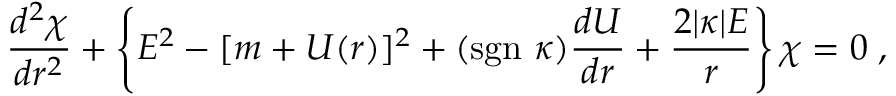
\frac { d ^ { 2 } \chi } { d r ^ { 2 } } + \left\{ E ^ { 2 } - [ m + U ( r ) ] ^ { 2 } + ( \mathrm { s g n } ~ \kappa ) \frac { d U } { d r } + \frac { 2 | \kappa | E } { r } \right\} \chi = 0 \; ,